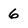
Character: 6